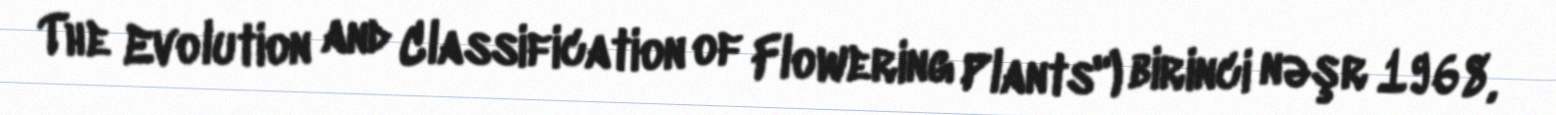
The Evolution and Classification of Flowering Plants") birinci nəşr 1968,